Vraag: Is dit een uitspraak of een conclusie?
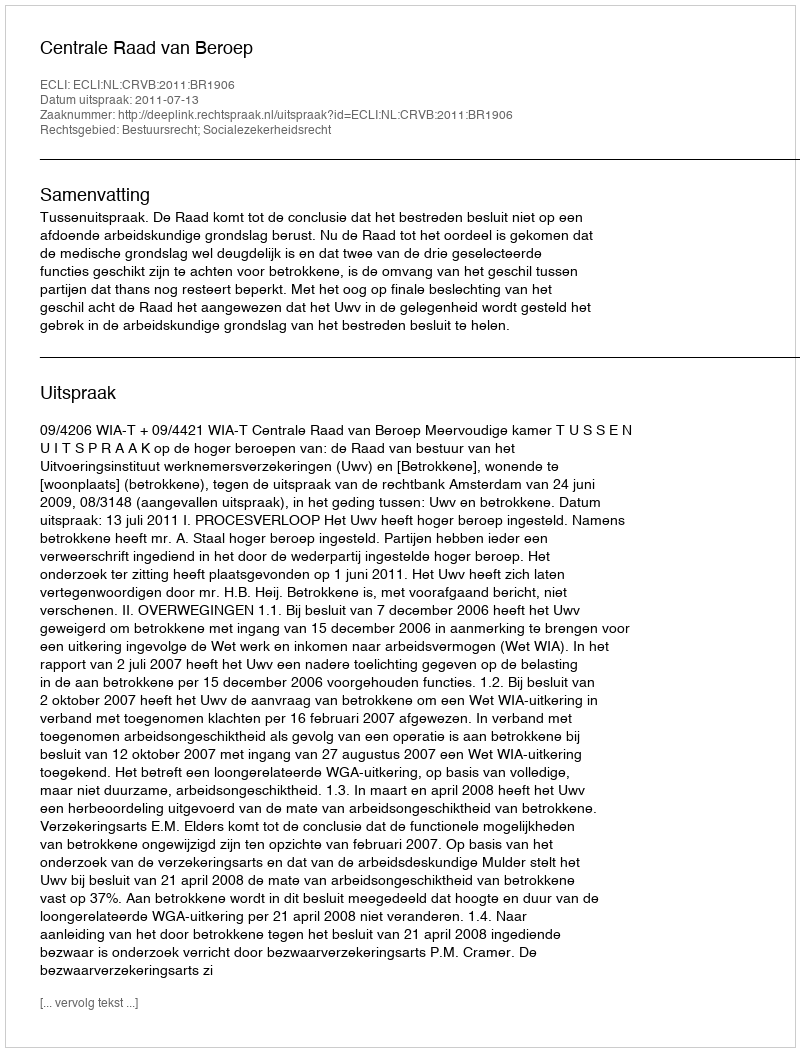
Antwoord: Uitspraak